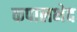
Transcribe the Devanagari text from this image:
कपालभेद